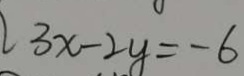
3 x - 2 y = - 6